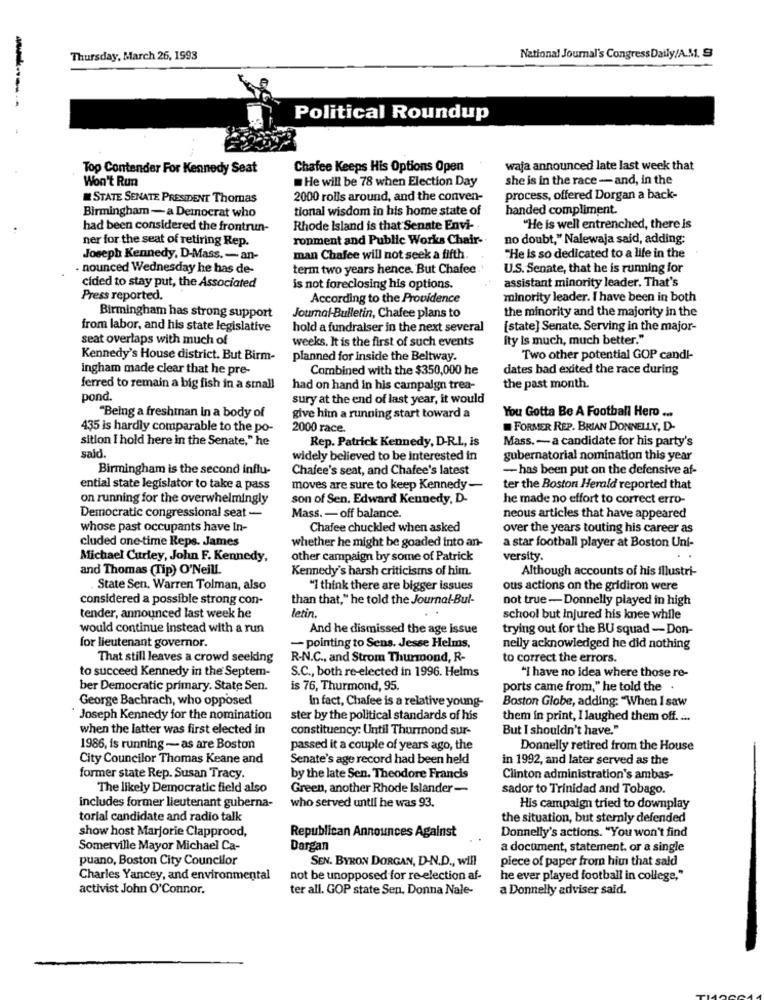
Thursday, March 26, 1993
National Journal's Congress Daily/A.M. S
Political Roundup
Top Contender For Kennedy Seat
Chafee Keeps His Options Open
waja announced late last week that
Won't Run
. He will be 78 when Election Day
she is in the race - and, in the
STATE SENATE PRESIDENT Thomas
2000 rolls around, and the conven-
process, offered Dorgan a back-
tional wisdom in his home state of
handed compliment.
Birmingham - a Democrat who
had been considered the frontrun-
Rhode Island is that Senate Envi-
"He is well entrenched, there is
ner for the seat of retiring Rep.
ronment and Public Works Chair-
no doubt," Nalewaja said, adding;
Joseph Kennedy, D-Mass. - an-
man Chafee will not seek a fifth.
"He is so dedicated to a life in the
. nounced Wednesday he has de-
term two years hence. But Chafee
U.S. Senate, that he is running for
assistant minority leader. That's
cided to stay put, the Associated
is not foreclosing his options.
Press reported.
According to the Providence
minority leader. I have been in both
the minority and the majority in the
Birmingham has strong support
Journal-Bulletin, Chafee plans to
from labor, and his state legislative
hold a fundraiser in the next several
[state] Senate. Serving in the major-
seat overlaps with much of
weeks. It is the first of such events
Ity Is much, much better."
Kennedy's House district. But Birm-
planned for Inside the Beltway.
Two other potential GOP candi-
ingham made clear that he pre-
Combined with the $350,000 he
dates bad exited the race during
ferred to remain a big fish in a small
had on hand in his campaign trea-
the past month.
pond.
sury at the end of last year, it would
"Being a freshman In a body of
You Gotta Be A Football Hero ...
give him a running start toward a
435 is hardly comparable to the po-
2000 race.
FORMER REP. BRIAN DONNELLY, D-
sition I hold here in the Senate," he
Rep. Patrick Kennedy, D-R.L, is
Mass. - a candidate for his party's
said.
widely believed to be interested in
gubernatorial nomination this year
Birmingham is the second influ-
Chafee's seat, and Chafee's latest
- has been put on the defensive af-
ential state legislator to take a pass
moves are sure to keep Kennedy-
ter the Boston Herald reported that
on running for the overwhelmingly
son of Sen, Edward Kennedy, D-
he made no effort to correct erro-
Democratic congressional seat -
Mass. - off balance.
neous articles that have appeared
whose past occupants have In-
Chafee chuckled when asked
over the years touting his career as
cluded one-time Reps. James
whether he might be goaded into an-
a star football player at Boston Uni-
Michael Curley, John F. Kennedy,
other campaign by some of Patrick
versity.
and Thomas (Tip) O'Neill.
Kennedy's harsh criticisms of him.
Although accounts of his illustri-
State Sen, Warren Tolman, also
"I think there are bigger issues
ous actions on the gridiron were
considered a possible strong con-
than that," he told the Journal-Bul-
not true -Donnelly played in high
tender, announced last week he
letin.
school but Injured his knee while
would continue instead with a run
And he dismissed the age issue
trying out for the BU squad - Don-
for lieutenant governor.
- pointing to Sens. Jesse Helms,
nelly acknowledged he did nothing
That still leaves a crowd seeking
R.N.C ., and Strom Thurmond, R-
to correct the errors.
to succeed Kennedy in the Septem-
S.C ., both re-elected in 1996. Helms
"I have no idea where those re-
ber Democratic primary. State Sen.
is 76, Thurmond, 95.
ports came from," he told the
George Bachrach, who opposed
In fact, Chafee is a relative young-
Boston Globe, adding: "When I saw
` Joseph Kennedy for the nomination
ster by the political standards of his
them in print, I laughed them off. ...
when the latter was first elected in
constituency: Until Thurmond sur-
But I shouldn't have."
1986, is running - as are Boston
passed it a couple of years ago, the
Donnelly retired from the House
City Councilor Thomas Keane and
Senate's age record had been held
in 1992, and later served as the
former state Rep. Susan Tracy.
by the late Sen. Theodore Francis
Clinton administration's ambas-
The likely Democratic field also
Green, another Rhode Islander-
sador to Trinidad and Tobago.
includes former lieutenant guberna-
who served until he was 93.
His campaign tried to downplay
torial candidate and radio talk
the situation, but sternly defended
Republican Announces Against
Donnelly's actions. "You won't find
show host Marjorie Clapprood,
Somerville Mayor Michael Ca-
Dorgan
a document, statement. or a single
puano, Boston City Councilor
SEN. BYRON DORGAN, D-N.D ., will
piece of paper from him that sald
Charles Yancey, and environmental
not be unopposed for re election af-
he ever played football in college,"
activist John O'Connor.
ter all. GOP state Sen. Donna Nale-
a Donnelly adviser said.